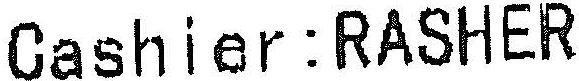
CASHIER:RASHER